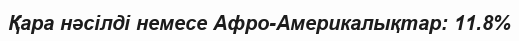
Қара нәсілді немесе Афро-Америкалықтар: 11.8%